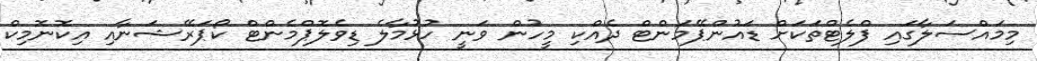
މިމައްސަލާގައި ފްލެޓްތަކަށް ޑައުންޕޭމަންޓް ދެއްކި މީހުން ވަނީ ހުޅުމާލެ ޑިވެލޮޕްމެންޓް ކޯޕަރޭޝަނާއި އިކޮނޮމިކް